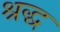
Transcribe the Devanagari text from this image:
श्रद्ध